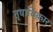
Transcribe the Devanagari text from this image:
तृषाविकार